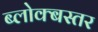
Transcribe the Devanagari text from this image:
ब्लोक्बस्तर